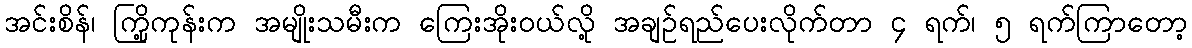
အင်းစိန်၊ ကြို့ကုန်းက အမျိုးသမီးက ကြေးအိုးဝယ်လို့ အချဉ်ရည်ပေးလိုက်တာ ၄ ရက်၊ ၅ ရက်ကြာတော့